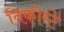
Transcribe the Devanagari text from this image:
विकोम्‍टे